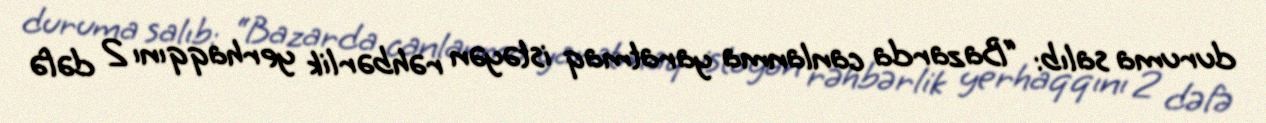
duruma salıb: “Bazarda canlanma yaratmaq istəyən rəhbərlik yerhaqqını 2 dəfə